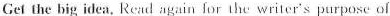
Get the big idea, Rend again lor the writcr's purpose of